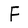
Character: F